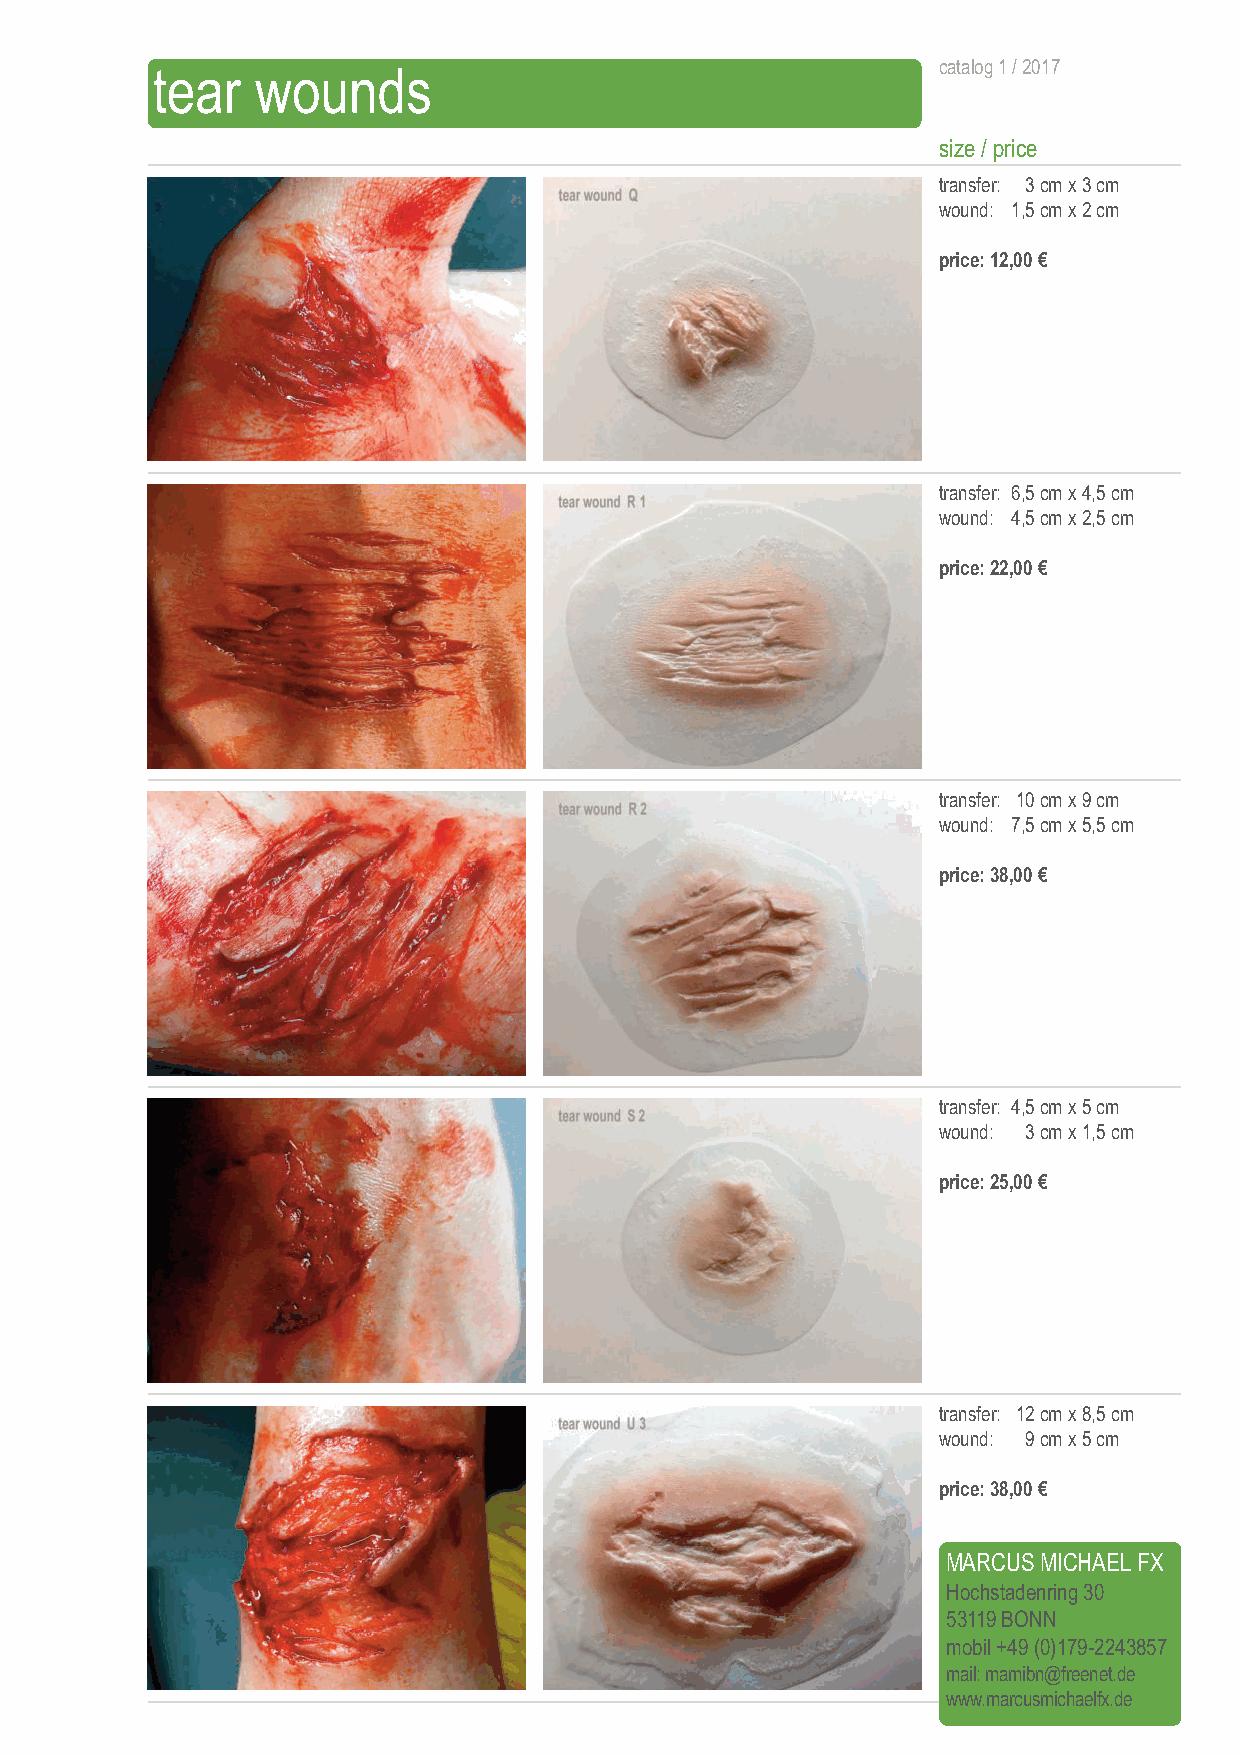
tear   wounds                                       catalog 1 / 2017
 size / price
 transfer: 3 cmx 3 cm
 wound: 1,5 cmx 2 cm
 price: 12,00 €
 transfer: 6,5 cmx 4,5 cm
 wound: 4,5 cmx 2,5 cm
 price: 22,00 €
 transfer: 10 cmx 9 cm
 wound: 7,5 cmx 5,5 cm
 price: 38,00 €
 transfer: 4,5 cmx 5 cm
 wound: 3 cmx 1,5 cm
 price: 25,00 €
 transfer: 12 cmx 8,5 cm
 wound: 9 cmx 5 cm
 price: 38,00 €rice: 20,00 €
 MARCUS MICHAEL FX
 Hochstadenring 30
 53119 BONN
 mobil +49 (0)179-2243857
 mail: mamibn@freenet.de
 www.marcusmichaelfx.de